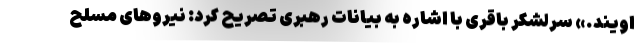
اویند.» سرلشکر باقری با اشاره به بیانات رهبری تصریح کرد: نیروهای مسلح